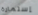
إستمارة